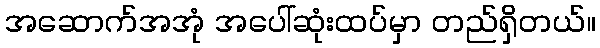
အဆောက်အအုံ အပေါ်ဆုံးထပ်မှာ တည်ရှိတယ်။